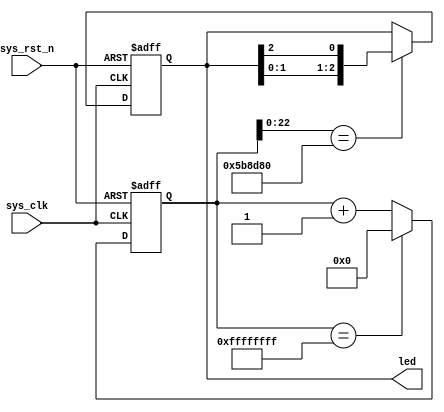
module blink (
               input sys_clk,         // 24 MHz
               input sys_rst_n,
               output reg [2:0] led   // 110 G, 101 B, 011 R 
             );

reg [31:0] counter;

always @(posedge sys_clk or negedge sys_rst_n)
begin
  if (!sys_rst_n)
    counter <= 32'b0;
  else if(counter == 32'b1111_1111_1111_1111_1111_1111_1111_1111)
         counter <= 32'd0;
       else
         counter <= counter + 1;
end

always @(posedge sys_clk or negedge sys_rst_n)
begin
  if (!sys_rst_n)
    led <= 3'b110;
  else if (counter[22:0] == 23'd6_000_000)    // 250 msec
         led[2:0] <= {led[1:0],led[2]};
end

endmodule